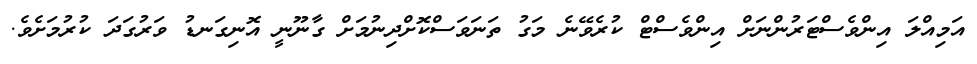
އަމިއްލަ އިންވެސްޓަރުންނަށް އިންވެސްޓް ކުރެވޭނެ މަގު ތަނަވަސްކޮށްދިނުމަށް ގާނޫނީ އޮނިގަނޑު ވަރުގަދަ ކުރުމަށެވެ.